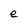
Character: e